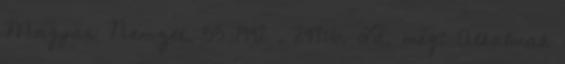
Magyar Nemzet. 55 1992 . 297:6. Ld. még: Alkalmak